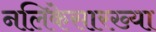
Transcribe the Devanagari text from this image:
नलिकेसारख्या